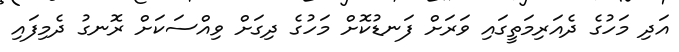
އަދި މަހުގެ ދެއަރިމަތީގައި ވަރަށް ފަނޑުކޮށް މަހުގެ ދިގަށް ވިއްސަކަށް ރޮނގު ދެމިފައި